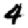
Digit: 4